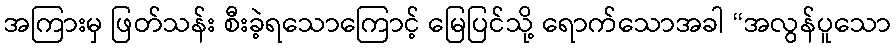
အကြားမှ ဖြတ်သန်း စီးခဲ့ရသောကြောင့် မြေပြင်သို့ ရောက်သောအခါ “အလွန်ပူသော